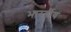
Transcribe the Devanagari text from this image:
भारर्तीय